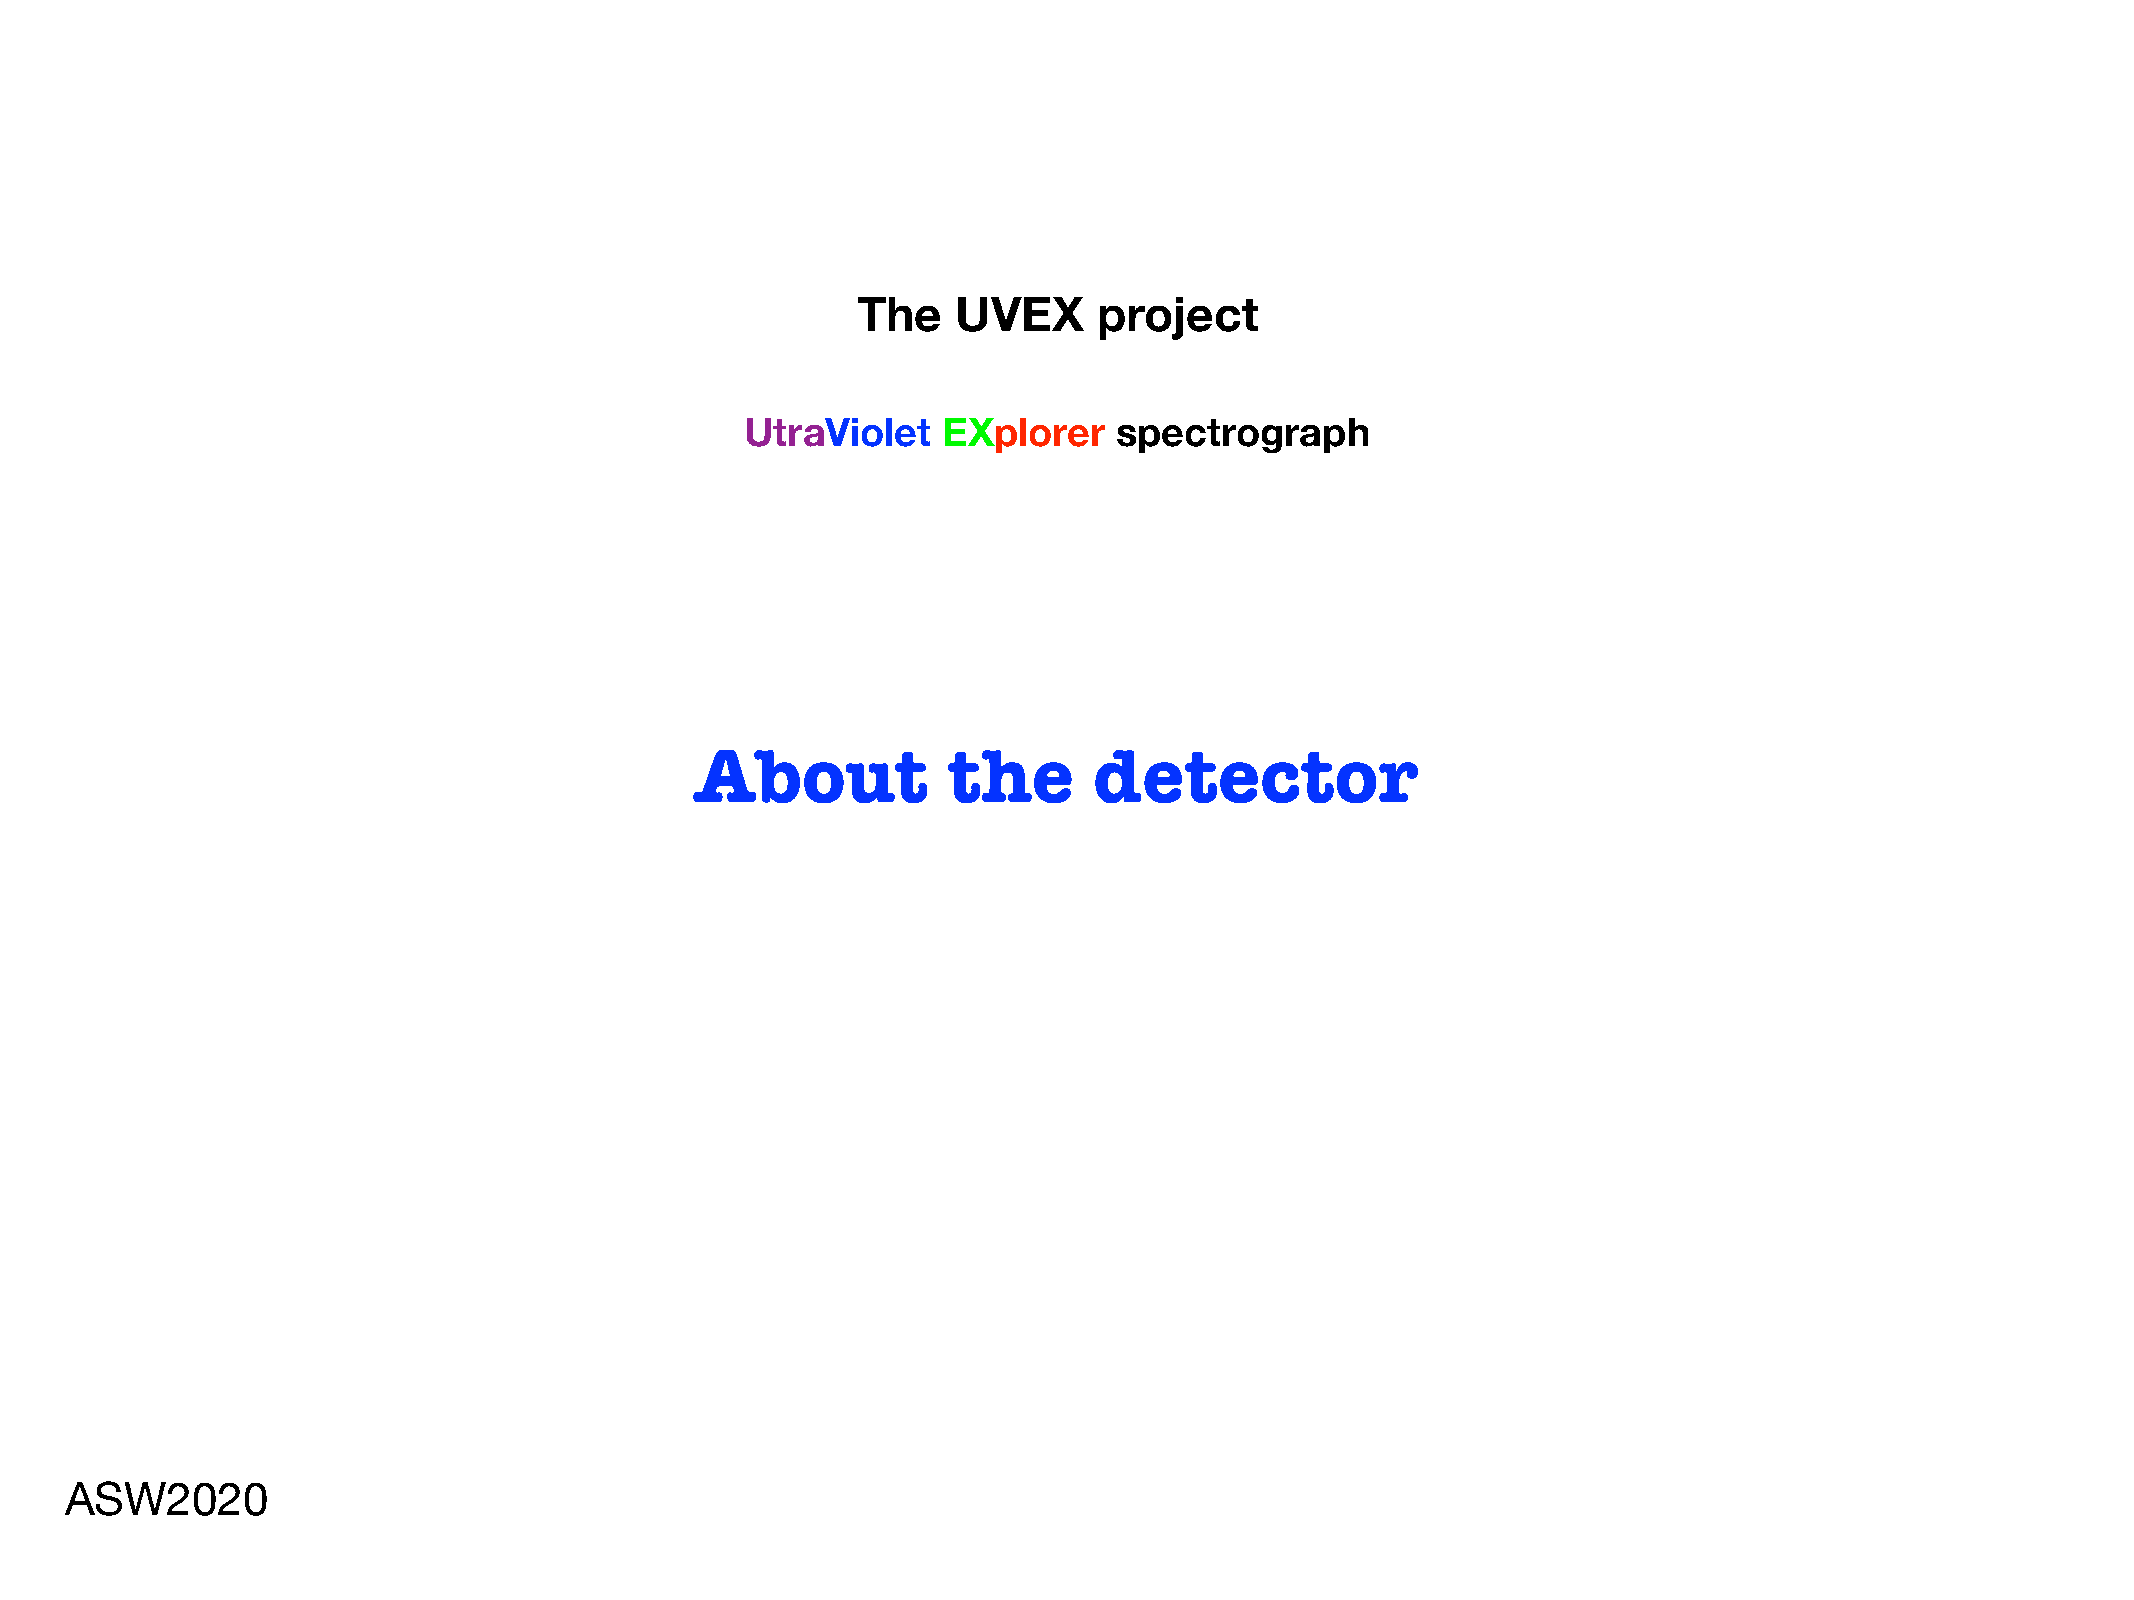
The   UVEX      project
 UtraViolet   EXplorer    spectrograph
 About            the      detector
 ASW2020